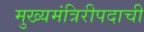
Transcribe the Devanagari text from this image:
मुख्यमंत्रिरीपदाची